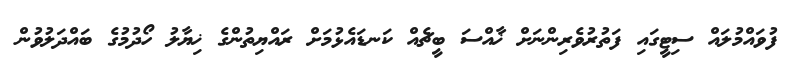
ފުވައްމުލައް ސިޓީގައި ފަތުރުވެރިންނަށް ޚާއްސަ ބީޗެއް ކަނޑައެޅުމަށް ރައްޔިތުންގެ ޚިޔާލު ހޯދުމުގެ ބައްދަލުވުން